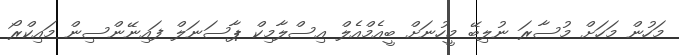
މަހުން މަހަށް މުސާރަ ނުލިބޭ މީހުނަށް ބީއެމްއެލް އިސްލާމިކް ޕާސަނަލް ފައިނޭންސިން މައިކްރޯ